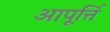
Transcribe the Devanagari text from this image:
आपूर्त्ति